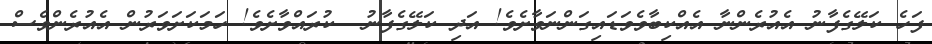
ފަހެ ކަލޭގެފާނު އެއުރެންނާ އެއްކިބާވެވަޑައިގަންނަވާށެވެ! އަދި ކަލޭގެފާނު  ކުރައްވާށެވެ! ހަމަކަށަވަރުން އެއުރެންވެސް